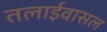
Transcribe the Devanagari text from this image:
तलाईवासल